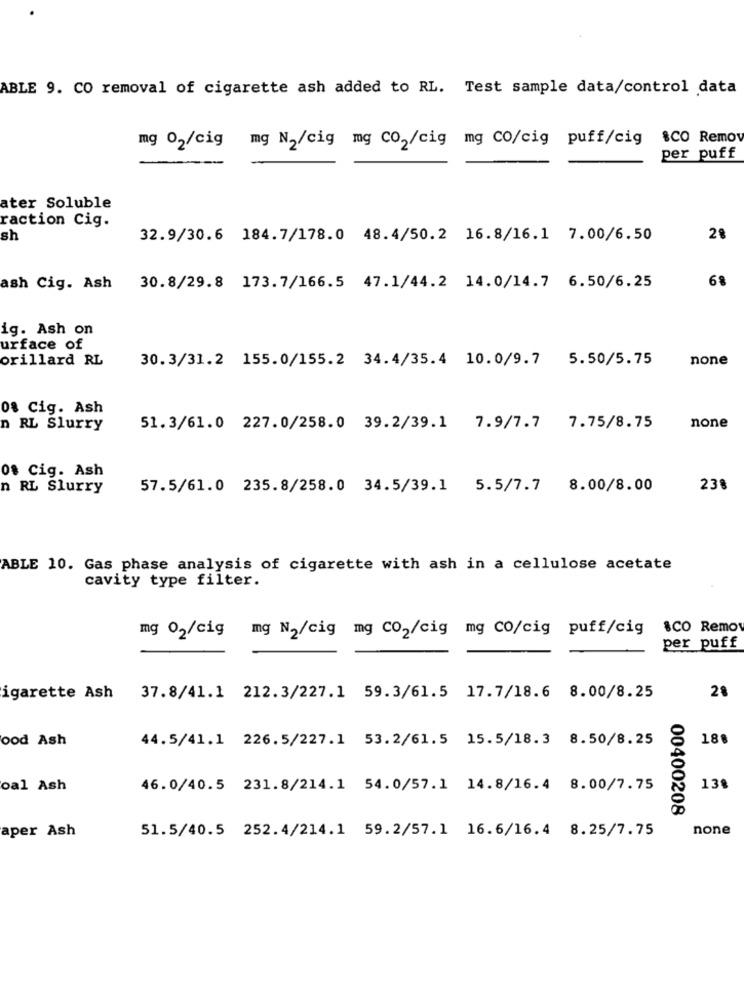
ABLE 9. CO removal of cigarette ash added to RL. Test sample data/control data
&CO Remo
mg 02/cig mg N2/cig mg CO2/cig mg CO/cig puff/cig
per puff
ater Soluble
raction Cig.
sh
32.9/30.6 184.7/178.0 48.4/50.2 16.8/16.1 7.00/6.50
28
68
ash Cig. Ash
30.8/29.8 173.7/166.5 47.1/44.2 14.0/14.7 6.50/6.25
ig. Ash on
urface of
orillard RL
30.3/31.2 155.0/155.2 34.4/35.4 10.0/9.7 5.50/5.75
none
os Cig. Ash
n RL Slurry
51.3/61.0 227.0/258.0 39.2/39.1 7.9/7.7 7.75/8.75
none
os Cig. Ash
n RL Slurry
57.5/61.0 235.8/258.0 34.5/39.1 5.5/7.7 8.00/8.00
238
ABLE 10. Gas phase analysis of cigarette with ash in a cellulose acetate
cavity type filter.
mg 02/cig mg N2/cig mg CO2/cig mg co/cig puff/cig sco Remos
per puff
28
igarette Ash 37.8/41.1 212.3/227.1 59.3/61.5 17.7/18.6 8.00/8.25
ood Ash
44.5/41.1 226.5/227.1 53.2/61.5 15.5/18.3 8.50/8.25
188
oal Ash
46.0/40.5 231.8/214.1 54.0/57.1 14.8/16.4 8.00/7.75
13º
00400208
aper Ash
51.5/40.5 252.4/214.1 59.2/57.1 16.6/16.4 8.25/7.75
none